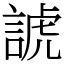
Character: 諕